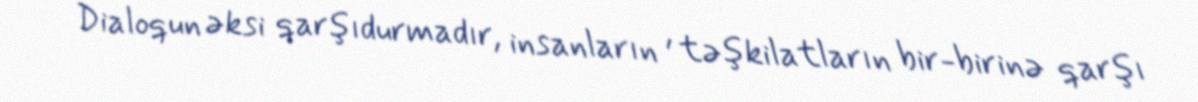
Dialoqun əksi qarşıdurmadır, insanların , təşkilatların bir-birinə qarşı